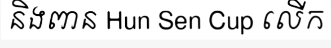
និងពាន Hun Sen Cup លើក